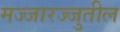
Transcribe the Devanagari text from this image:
मज्जारज्जुतील